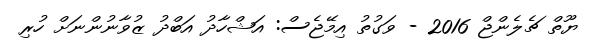
ޔޫތް ޗެލެންޖް 2016 - ވަގުތު އިމޭޖެސް: އަޝްހާދު އަބްދު ޒުވާނުންނަށް ހުރި